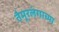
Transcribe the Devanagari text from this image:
तैमूरलंगाच्या